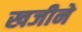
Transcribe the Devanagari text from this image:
खजीने